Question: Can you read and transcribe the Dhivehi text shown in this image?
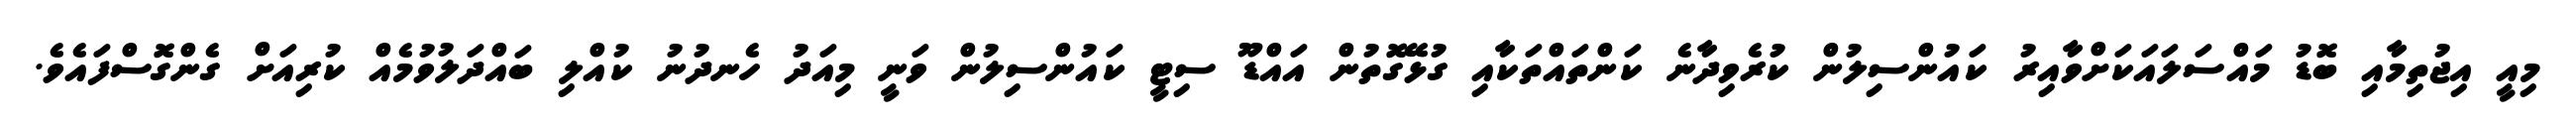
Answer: މިއީ އިޖުތިމާއި ބޮޑު މައްސަލައަކަށްވާއިރު ކައުންސިލުން ކުރެވިދާނެ ކަންތައްތަކާއި ގުޅޭގޮތުން އައްޑޫ ސިޓީ ކައުންސިލުން ވަނީ މިއަދު ހެނދުނު ކުއްލި ބައްދަލުވުމެއް ކުރިއަށް ގެންގޮސްފައެވެ.